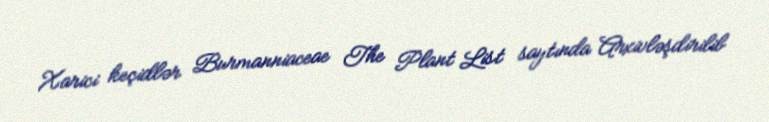
Xarici keçidlər Burmanniaceae The Plant List saytında Arxivləşdirilib